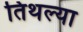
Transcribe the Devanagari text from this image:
तिथल्या